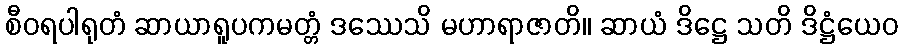
စီဝရပါရုတံ ဆာယာရူပကမတ္တံ ဒဿေသိ မဟာရာဇာတိ။ ဆာယံ ဒိဋ္ဌေ သတိ ဒိဋ္ဌံယေဝ